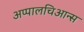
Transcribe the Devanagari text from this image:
अप्पालचिआन्स